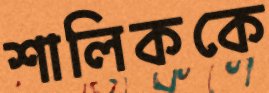
শালিককে